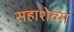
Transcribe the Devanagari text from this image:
सहाशेव्या